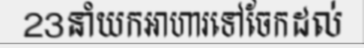
23នាំយកអាហារទៅចែកដល់